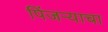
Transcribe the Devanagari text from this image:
पिंजऱ्याचा